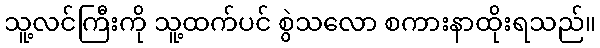
သူ့လင်ကြီးကို သူ့ထက်ပင် စွဲသလော စကားနာထိုးရသည်။